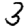
Digit: 3